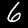
Digit: 6